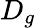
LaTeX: D_{g}